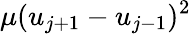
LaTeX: \mu(u_{j+1}-u_{j-1})^{2}